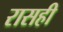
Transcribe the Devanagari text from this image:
रासही